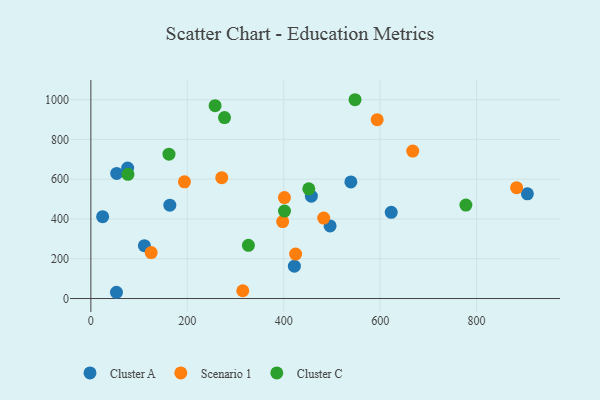
{"axis": {"x": "Experience", "y": "Salary"}, "legend": ["Cluster A", "Cluster C", "Scenario 1"], "data": [{"x": "24.4", "y": 411.3, "type": "Cluster A"}, {"x": "496.2", "y": 365.1, "type": "Cluster A"}, {"x": "53.1", "y": 31.4, "type": "Cluster A"}, {"x": "539.3", "y": 586.3, "type": "Cluster A"}, {"x": "457.3", "y": 514.5, "type": "Cluster A"}, {"x": "111.0", "y": 265.5, "type": "Cluster A"}, {"x": "76.3", "y": 656.0, "type": "Cluster A"}, {"x": "53.6", "y": 629.2, "type": "Cluster A"}, {"x": "422.1", "y": 162.8, "type": "Cluster A"}, {"x": "623.0", "y": 433.3, "type": "Cluster A"}, {"x": "163.8", "y": 469.6, "type": "Cluster A"}, {"x": "905.4", "y": 526.6, "type": "Cluster A"}, {"x": "271.5", "y": 607.5, "type": "Scenario 1"}, {"x": "401.5", "y": 507.6, "type": "Scenario 1"}, {"x": "482.9", "y": 404.6, "type": "Scenario 1"}, {"x": "424.7", "y": 223.6, "type": "Scenario 1"}, {"x": "194.1", "y": 586.9, "type": "Scenario 1"}, {"x": "125.1", "y": 230.8, "type": "Scenario 1"}, {"x": "593.9", "y": 899.5, "type": "Scenario 1"}, {"x": "667.6", "y": 741.6, "type": "Scenario 1"}, {"x": "883.1", "y": 557.6, "type": "Scenario 1"}, {"x": "315.1", "y": 39.0, "type": "Scenario 1"}, {"x": "397.8", "y": 386.7, "type": "Scenario 1"}, {"x": "76.9", "y": 624.6, "type": "Cluster C"}, {"x": "257.7", "y": 969.9, "type": "Cluster C"}, {"x": "547.9", "y": 999.6, "type": "Cluster C"}, {"x": "452.0", "y": 551.8, "type": "Cluster C"}, {"x": "401.6", "y": 439.6, "type": "Cluster C"}, {"x": "326.8", "y": 267.3, "type": "Cluster C"}, {"x": "162.0", "y": 725.8, "type": "Cluster C"}, {"x": "277.2", "y": 909.6, "type": "Cluster C"}, {"x": "777.9", "y": 470.0, "type": "Cluster C"}]}